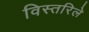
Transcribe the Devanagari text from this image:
विस्तरिले